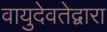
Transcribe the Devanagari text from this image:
वायुदेवतेद्वारा